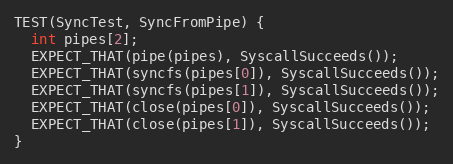
Language: C++
TEST(SyncTest, SyncFromPipe) {
  int pipes[2];
  EXPECT_THAT(pipe(pipes), SyscallSucceeds());
  EXPECT_THAT(syncfs(pipes[0]), SyscallSucceeds());
  EXPECT_THAT(syncfs(pipes[1]), SyscallSucceeds());
  EXPECT_THAT(close(pipes[0]), SyscallSucceeds());
  EXPECT_THAT(close(pipes[1]), SyscallSucceeds());
}